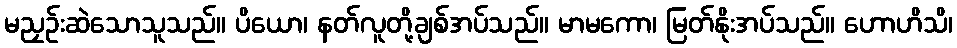
မညှဉ်းဆဲသောသူသည်။ ပိယော၊ နတ်လူတို့ချစ်အပ်သည်။ မာမကော၊ မြတ်နိုးအပ်သည်။ ဟောဟိသိ၊